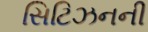
સિટિઝનની